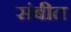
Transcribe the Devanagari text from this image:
संबीत